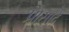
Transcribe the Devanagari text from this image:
प्रासादे